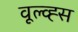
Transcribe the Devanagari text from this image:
वूल्व्ह्स